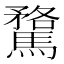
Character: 𮪘